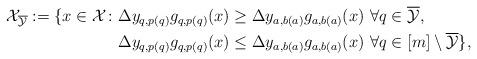
LaTeX: \begin{align*}\mathcal{X}_{\overline{\mathcal{Y}}} := \{ x \in \mathcal{X}\colon & \Delta y_{q,p(q)}g_{q,p(q)}(x) \geq \Delta y_{a,b(a)}g_{a,b(a)}(x) \ \forall q \in \overline{\mathcal{Y}}, \\& \Delta y_{q,p(q)}g_{q,p(q)}(x) \leq \Delta y_{a,b(a)}g_{a,b(a)}(x) \ \forall q \in [m] \setminus \overline{\mathcal{Y}} \},\end{align*}